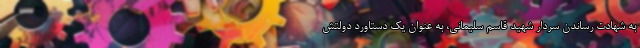
به شهادت رساندن سردار شهید قاسم سلیمانی، به عنوان یک دستاورد دولتش